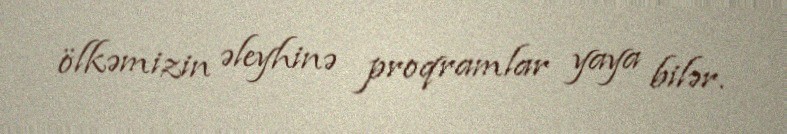
ölkəmizin əleyhinə proqramlar yaya bilər.